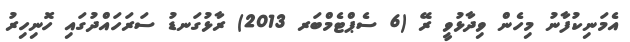
އެމަނިކުފާނު މިހެން ވިދާޅުވީ ރޭ (6 ސެޕްޓެމްބަރ 2013) ރާޅުގަނޑު ސަރަހައްދުގައި ހޮނިހިރު